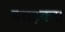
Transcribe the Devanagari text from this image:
पराड़कर।